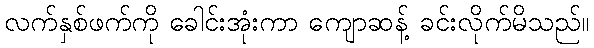
လက်နှစ်ဖက်ကို ခေါင်းအုံးကာ ကျောဆန့် ခင်းလိုက်မိသည်။